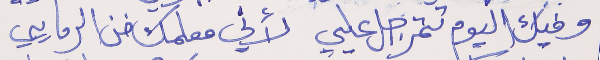
وفيك اليوم تتمرجل عليي     لأني معلمك فن الرمايي